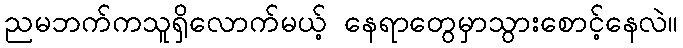
ညမဘက်ကသူရှိလောက်မယ့် နေရာတွေမှာသွားစောင့်နေလဲ။